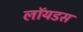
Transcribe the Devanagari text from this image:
लॉयडस